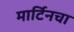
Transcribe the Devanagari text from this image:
मार्टिनचा